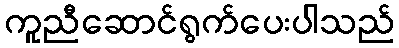
ကူညီဆောင်ရွက်ပေးပါသည်